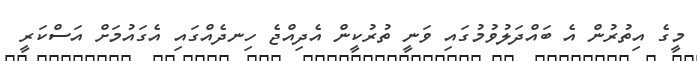
މީގެ އިތުރުން އެ ބައްދަލުވުމުގައި ވަނީ ތުރުކީން އެދިއްޖެ ހިނދެއްގައި އެގައުމަށް އަސްކަރީ